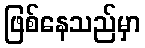
ဖြစ်နေသည်မှာ